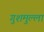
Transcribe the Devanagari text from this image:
गुशमुल्ला